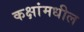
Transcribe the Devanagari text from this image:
कक्षांमधील